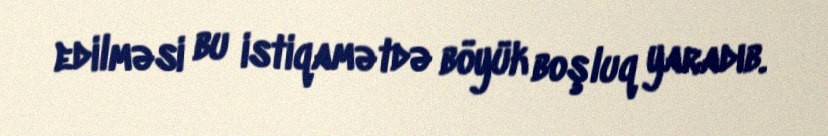
edilməsi bu istiqamətdə böyük boşluq yaradıb.